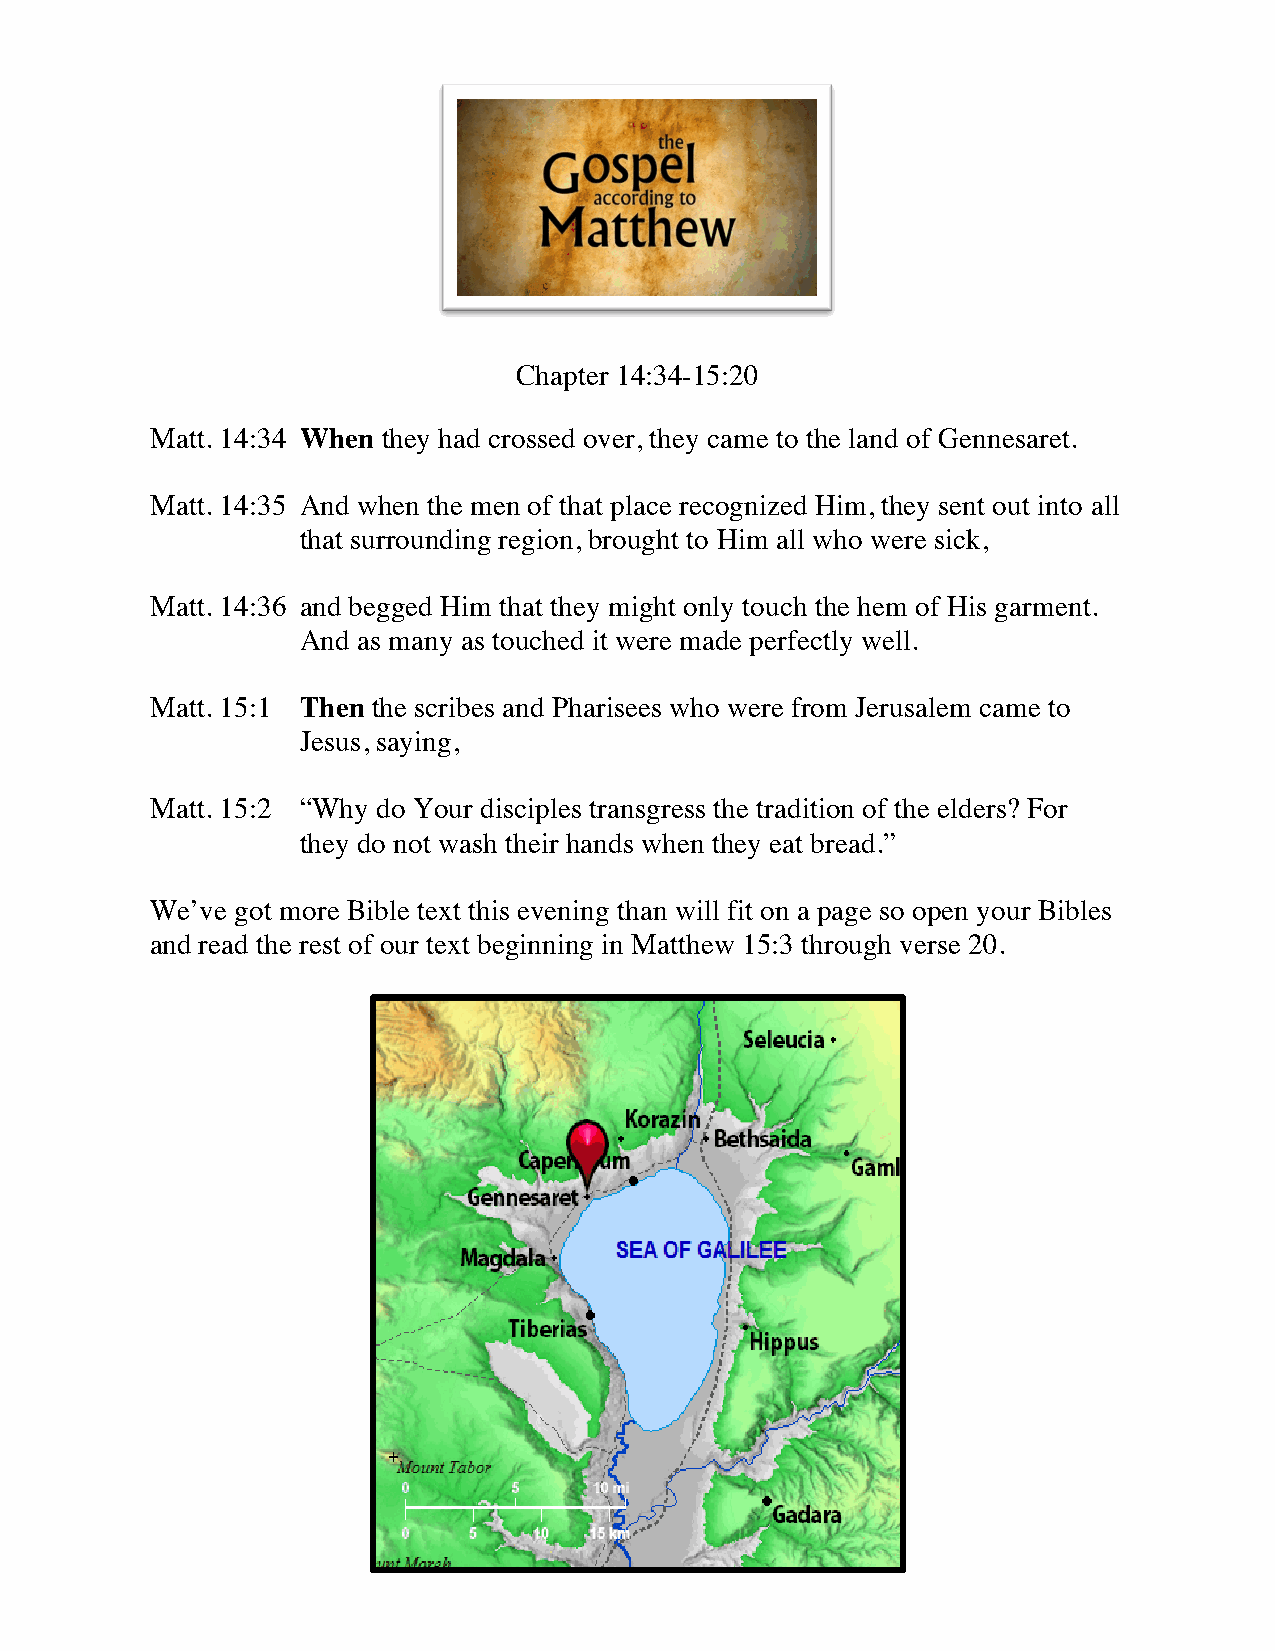
Chapter 14:34-15:20
 Matt. 14:34 When they had crossed over, they came to the land of Gennesaret.
 Matt. 14:35 And when the men of that place recognized Him, they sent out into all
 that surrounding region, brought to Him all who were sick,
 Matt. 14:36 and begged Him that they might only touch the hem of His garment.
 And as many as touched it were made perfectly well.
 Matt. 15:1 Then the scribes and Pharisees who were from Jerusalem came to
 Jesus, saying,
 Matt. 15:2 “Why do Your disciples transgress the tradition of the elders? For
 they do not wash their hands when they eat bread.”
 We’ve got more Bible text this evening than will fit on a page so open your Bibles
 and read the rest of our text beginning in Matthew 15:3 through verse 20.